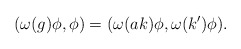
\begin{align*}( \omega(g)\phi,\phi)=(\omega(ak)\phi, \omega(k')\phi).\end{align*}